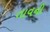
તાવની